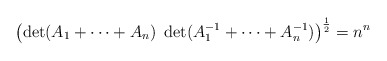
\begin{align*}\left( \det (A_1 + \cdots + A_n) \ \det (A_1^{-1} + \cdots + A_n^{-1} ) \right)^{\frac{1}{2}} = n^n\end{align*}